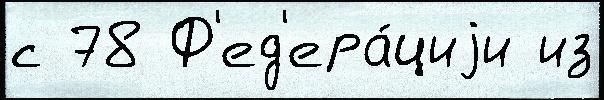
с 78 Ф'ед'ера́циjи из